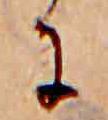
に